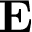
{ \textbf E }